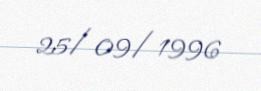
25/09/1996